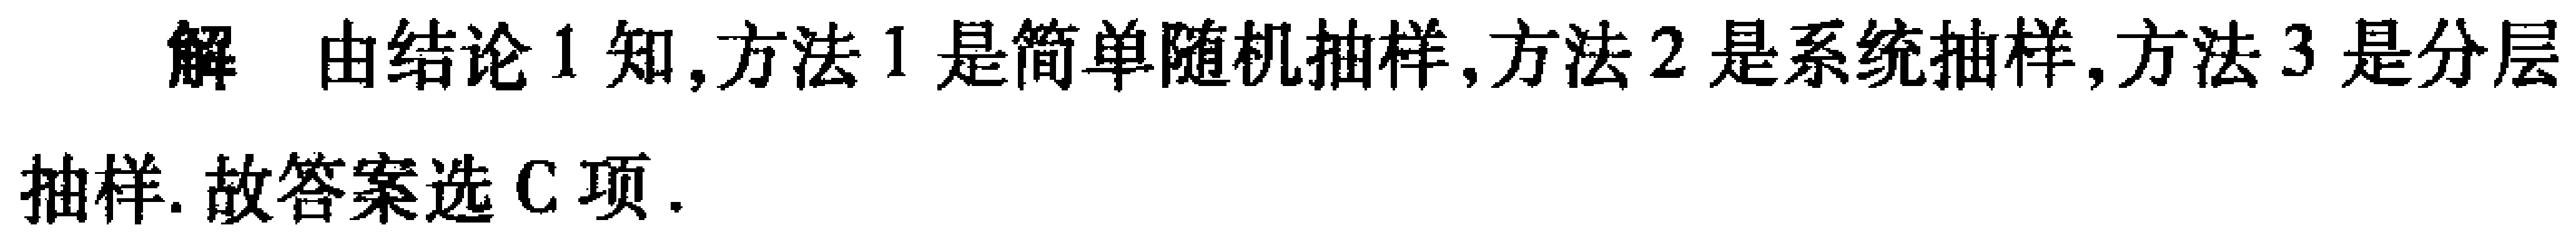
解 由结论1知,方法1是简单随机抽样,方法2是系统抽样,方法3是分层

抽样. 故答案选C项.